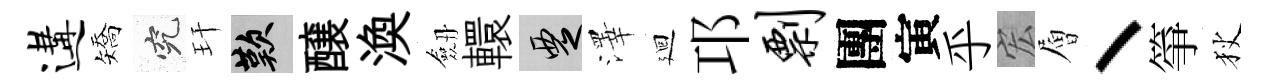
遘矯究玕嘆醸渙劔轘覂澤廻邛剽團寅乎宏層丶箏狄